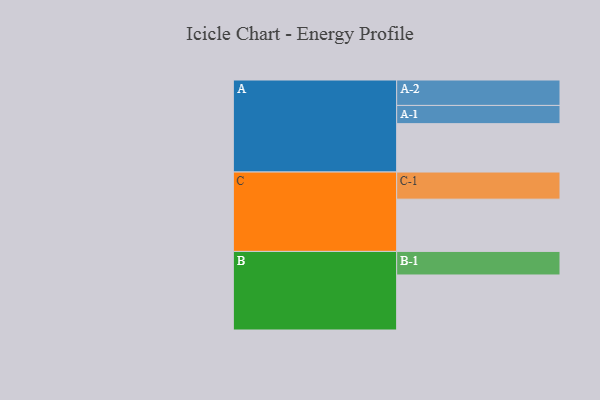
{"axis": {"x": "Segment", "y": "Value"}, "legend": ["", "A", "B", "C"], "data": [{"x": "A", "y": 489, "type": ""}, {"x": "B", "y": 556, "type": ""}, {"x": "C", "y": 528, "type": ""}, {"x": "A-1", "y": 184, "type": "A"}, {"x": "A-2", "y": 257, "type": "A"}, {"x": "B-1", "y": 238, "type": "B"}, {"x": "C-1", "y": 274, "type": "C"}]}